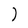
Character: l